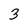
Character: 3